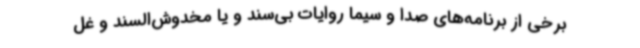
برخی از برنامه‌های صدا و سیما روایات بی‌سند و یا مخدوش‌السند و غل